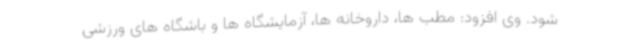
شود. وی افزود: مطب ها، داروخانه ها، آزمایشگاه ها و باشگاه های ورزشی